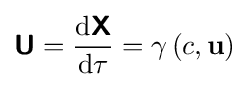
{\boldsymbol {\mathsf {U}}}={\frac {\mathrm {d} {\boldsymbol {\mathsf {X}}}}{\mathrm {d} \tau }}=\gamma \left(c,\mathbf {u} \right)